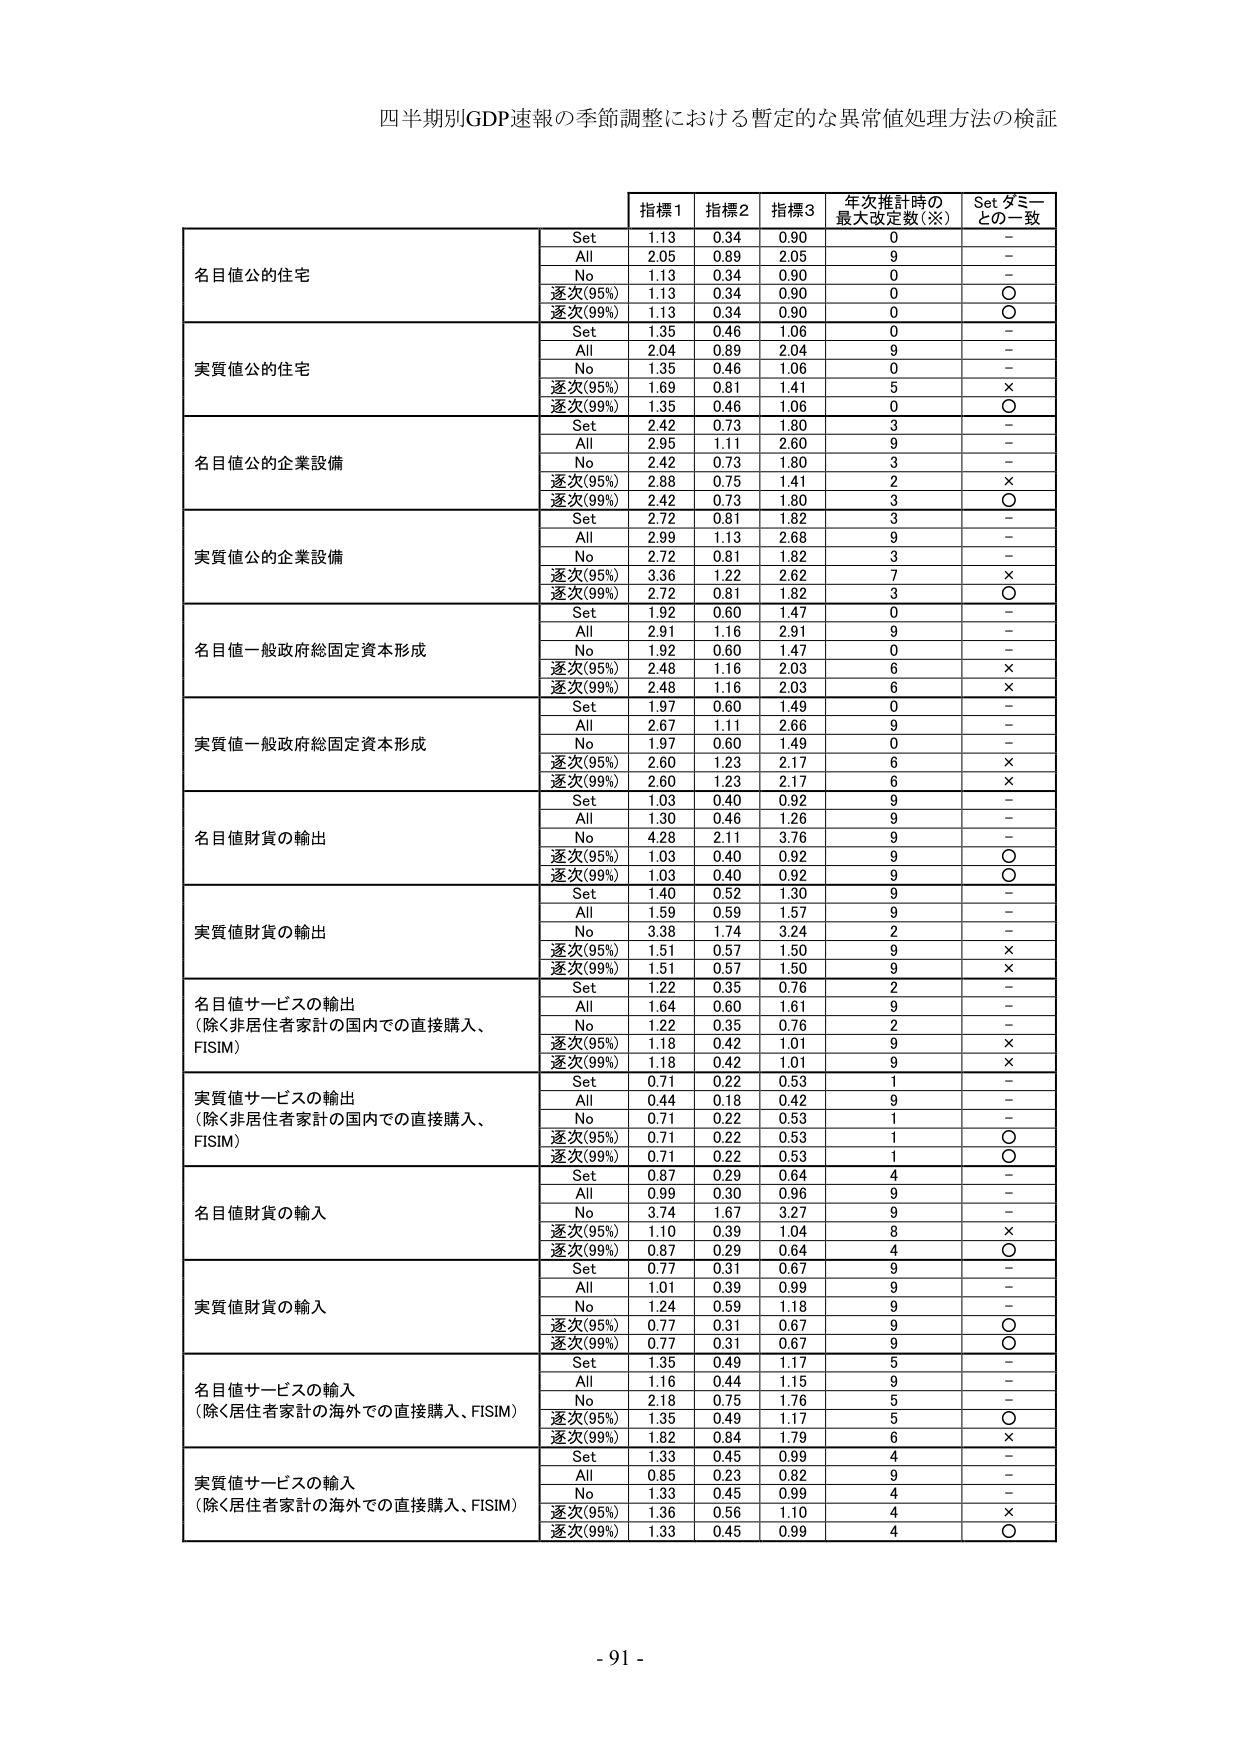
四半期別GDP速報の季節調整における暫定的な異常値処理方法の検証

指標1 指標2 指標3 年次推計時の最大改定数（※） Set ダミーとの一致

名目値公的住宅
Set 1.13 0.34 0.90 0 -
All 2.05 0.89 2.05 9 -
No 1.13 0.34 0.90 0 -
逐次(95%) 1.13 0.34 0.90 0 ○
逐次(99%) 1.13 0.34 0.90 0 ○

実質値公的住宅
Set 1.35 0.46 1.06 0 -
All 2.04 0.89 2.04 9 -
No 1.35 0.46 1.06 0 -
逐次(95%) 1.69 0.81 1.41 5 ×
逐次(99%) 1.35 0.46 1.06 0 ○

名目値公的企業設備
Set 2.42 0.73 1.80 3 -
All 2.95 1.11 2.60 9 -
No 2.42 0.73 1.80 3 -
逐次(95%) 2.88 0.75 1.41 2 ×
逐次(99%) 2.42 0.73 1.80 3 ○

実質値公的企業設備
Set 2.72 0.81 1.82 3 -
All 2.99 1.13 2.68 9 -
No 2.72 0.81 1.82 3 -
逐次(95%) 3.36 1.22 2.62 7 ×
逐次(99%) 2.72 0.81 1.82 3 ○

名目値一般政府総固定資本形成
Set 1.92 0.60 1.47 0 -
All 2.91 1.16 2.91 9 -
No 1.92 0.60 1.47 0 -
逐次(95%) 2.48 1.16 2.03 6 ×
逐次(99%) 2.48 1.16 2.03 6 ×

実質値一般政府総固定資本形成
Set 1.97 0.60 1.49 0 -
All 2.67 1.11 2.66 9 -
No 1.97 0.60 1.49 0 -
逐次(95%) 2.60 1.23 2.17 6 ×
逐次(99%) 2.60 1.23 2.17 6 ×

名目値財貨の輸出
Set 1.03 0.40 0.92 9 -
All 1.30 0.46 1.26 9 -
No 4.28 2.11 3.76 9 -
逐次(95%) 1.03 0.40 0.92 9 ○
逐次(99%) 1.03 0.40 0.92 9 ○

実質値財貨の輸出
Set 1.40 0.52 1.30 9 -
All 1.59 0.59 1.57 9 -
No 3.38 1.74 3.24 2 -
逐次(95%) 1.51 0.57 1.50 9 ×
逐次(99%) 1.51 0.57 1.50 9 ×

名目値サービスの輸出（除く非居住者家計の国内での直接購入、FISIM）
Set 1.22 0.35 0.76 2 -
All 1.64 0.60 1.61 9 -
No 1.22 0.35 0.76 2 -
逐次(95%) 1.18 0.42 1.01 9 ×
逐次(99%) 1.18 0.42 1.01 9 ×

実質値サービスの輸出（除く非居住者家計の国内での直接購入、FISIM）
Set 0.71 0.22 0.53 1 -
All 0.44 0.18 0.42 9 -
No 0.71 0.22 0.53 1 -
逐次(95%) 0.71 0.22 0.53 1 ○
逐次(99%) 0.71 0.22 0.53 1 ○

名目値財貨の輸入
Set 0.87 0.29 0.64 4 -
All 0.99 0.30 0.96 9 -
No 3.74 1.67 3.27 9 -
逐次(95%) 1.10 0.39 1.04 8 ×
逐次(99%) 0.87 0.29 0.64 4 ○

実質値財貨の輸入
Set 0.77 0.31 0.67 9 -
All 1.01 0.39 0.99 9 -
No 1.24 0.59 1.18 9 -
逐次(95%) 0.77 0.31 0.67 9 ○
逐次(99%) 0.77 0.31 0.67 9 ○

名目値サービスの輸入（除く居住者家計の海外での直接購入、FISIM）
Set 1.35 0.49 1.17 5 -
All 1.16 0.44 1.15 9 -
No 2.18 0.75 1.76 5 -
逐次(95%) 1.35 0.49 1.17 5 ○
逐次(99%) 1.82 0.84 1.79 6 ×

実質値サービスの輸入（除く居住者家計の海外での直接購入、FISIM）
Set 1.33 0.45 0.99 4 -
All 0.85 0.23 0.82 9 -
No 1.33 0.45 0.99 4 -
逐次(95%) 1.36 0.56 1.10 4 ×
逐次(99%) 1.33 0.45 0.99 4 ○

- 91 -